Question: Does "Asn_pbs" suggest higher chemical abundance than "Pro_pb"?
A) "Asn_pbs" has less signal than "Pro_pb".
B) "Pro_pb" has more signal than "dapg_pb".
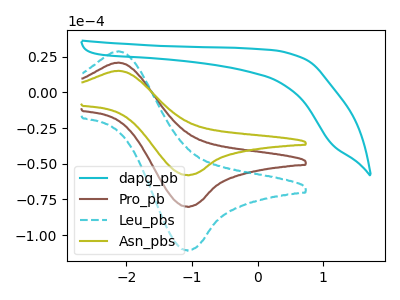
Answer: <think>The cyan curve "dapg_pb" has no peaks. The brown curve "Pro_pb" has an anodic peak at (-2.10V, 20.75uA) and a cathodic peak at (-1.05V, -80.00uA). The cyan dashed curve "Leu_pbs" has an anodic peak at (-2.10V, 41.50uA) and a cathodic peak at (-1.05V, -160.00uA). The olive curve "Asn_pbs" has an anodic peak at (-2.10V, 15.00uA) and a cathodic peak at (-1.05V, -57.90uA).
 All the peaks in "Asn_pbs" have a peak in "Pro_pb" at the same potential. Every peak in "Asn_pbs" is lower than every peak in "Pro_pb".</think>
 <answer>A) "Asn_pbs" has less signal than "Pro_pb".</answer>
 <eval>A</eval>